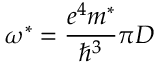
{ \omega } ^ { * } = \frac { e ^ { 4 } m ^ { * } } { { \hbar } ^ { 3 } } \pi D